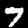
Label: 7